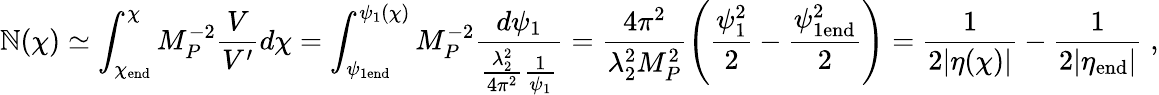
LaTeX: \mathbb{N}(\chi)\simeq\int_{\chi_{\mathrm{{end}}}}^{\chi}M_{P}^{-2}\frac{{V}}{{V^{\prime}}}d\chi=\int_{\psi_{1\mathrm{{end}}}}^{\psi_{1}(\chi)}M_{P}^{-2}\frac{{d\psi_{1}}}{{\frac{{\lambda_{2}^{2}}}{{4\pi^{2}}}\frac{{1}}{{\psi_{1}}}}}=\frac{{4\pi^{2}}}{{\lambda_{2}^{2}M_{P}^{2}}}\left(\frac{{\psi_{1}^{2}}}{{2}}-\frac{{\psi_{1\mathrm{{end}}}^{2}}}{{2}}\right)=\frac{{1}}{{2|\eta(\chi)|}}-\frac{{1}}{{2|\eta_{\mathrm{{end}}}|}}\; ,